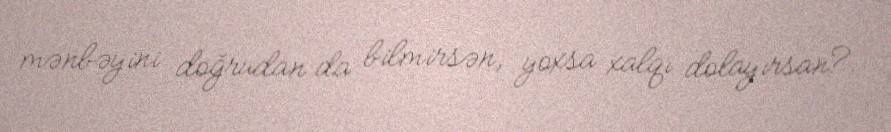
mənbəyini doğrudan da bilmirsən, yoxsa xalqı dolayırsan?.